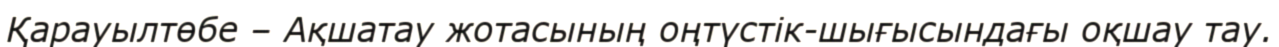
Қарауылтөбе – Ақшатау жотасының оңтүстік-шығысындағы оқшау тау.